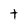
Character: t